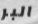
البر